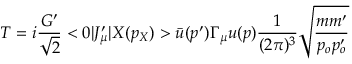
T = i \frac { G ^ { \prime } } { \sqrt { 2 } } < 0 | J _ { \mu } ^ { \prime } | X ( p _ { X } ) > \bar { u } ( p ^ { \prime } ) \Gamma _ { \mu } u ( p ) \frac { 1 } { ( 2 \pi ) ^ { 3 } } \sqrt { \frac { m m ^ { \prime } } { p _ { o } p _ { o } ^ { \prime } } }